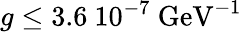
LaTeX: g\leq 3.6\ 10^{-7}\ \mathrm{GeV}^{-1}